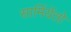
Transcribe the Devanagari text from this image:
सार्मियेंतो